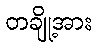
တချို့အား